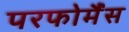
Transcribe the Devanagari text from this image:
परफोर्मैंस